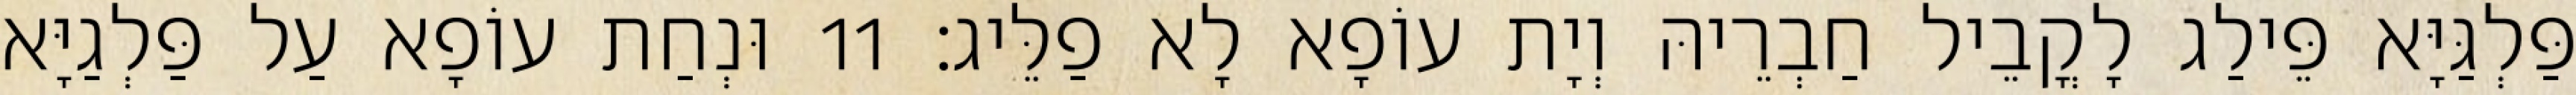
פַּלְגַּיָּא פֵּילַג לָקֳבֵיל חַבְרֵיהּ וְיָת עוֹפָא לָא פַלֵּיג׃ 11 וּנְחַת עוֹפָא עַל פַּלְגַיָּא